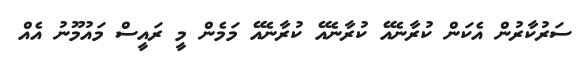
ސަރުކާރުން އެކަން ކުރާނެއޭ ކުރާނެއޭ ކުރާނެއޭ މަމެން މީ ރައީސް މައުމޫނު އެއް